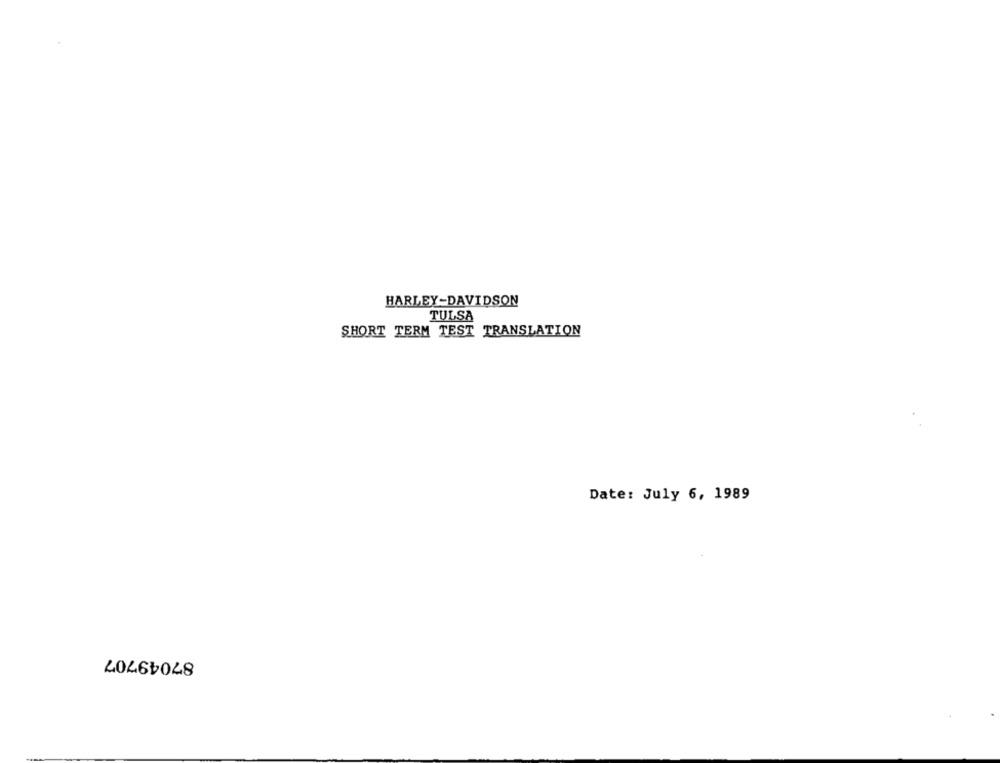
HARLEY-DAVIDSON
TULSA
SHORT TERM TEST TRANSLATION
Date: July 6, 1989
87049707